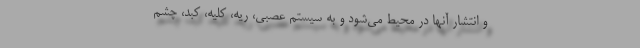
و انتشار آنها در محیط می‌شود و به سیستم عصبی، ریه، کلیه، کبد، چشم